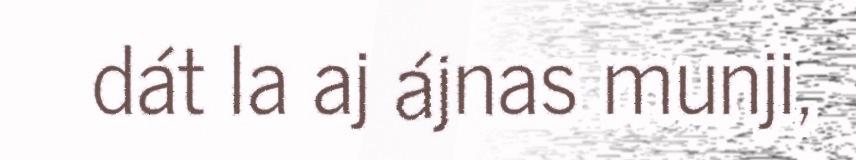
dát la aj ájnas munji,